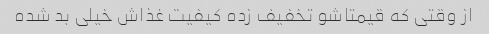
از وقتی که قیمتاشو تخفیف زده کیفیت غذاش خیلی بد شده